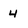
Character: 4